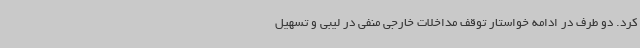
کرد. دو طرف در ادامه خواستار توقف مداخلات خارجی منفی در لیبی و تسهیل